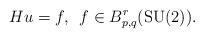
LaTeX: \begin{align*}Hu=f,\,\,\,f\in B^r_{p,q}(\textnormal{SU}(2)).\end{align*}